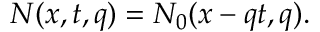
\begin{array} { r } { N ( x , t , q ) = N _ { 0 } ( x - q t , q ) . } \end{array}